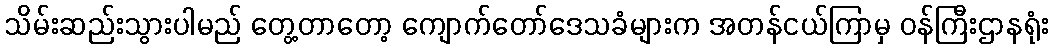
သိမ်းဆည်းသွားပါမည် တွေ့တာတော့ ကျောက်တော်ဒေသခံများက အတန်ငယ်ကြာမှ ဝန်ကြီးဌာနရုံး